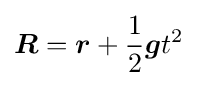
{\boldsymbol {R}}={\boldsymbol {r}}+{\frac {1}{2}}{\boldsymbol {g}}t^{2}